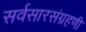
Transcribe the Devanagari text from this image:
सर्वसारसंग्रहणी